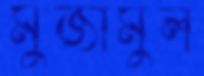
মুজামুল